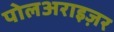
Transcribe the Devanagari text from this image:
पोलअराइज़र